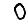
Digit: 0